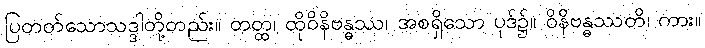
ပြတတ်သောသဒ္ဒါတို့တည်း။ တတ္ထ၊ ထိုဝိနိဗန္ဓဿ၊ အစရှိသော ပုဒ်၌။ ဝိနိဗန္ဓဿတိ၊ ကား။